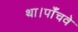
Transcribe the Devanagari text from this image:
था।पाँचवे